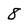
Character: 8